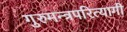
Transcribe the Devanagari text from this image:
गुरुमन्त्रपरित्यागी